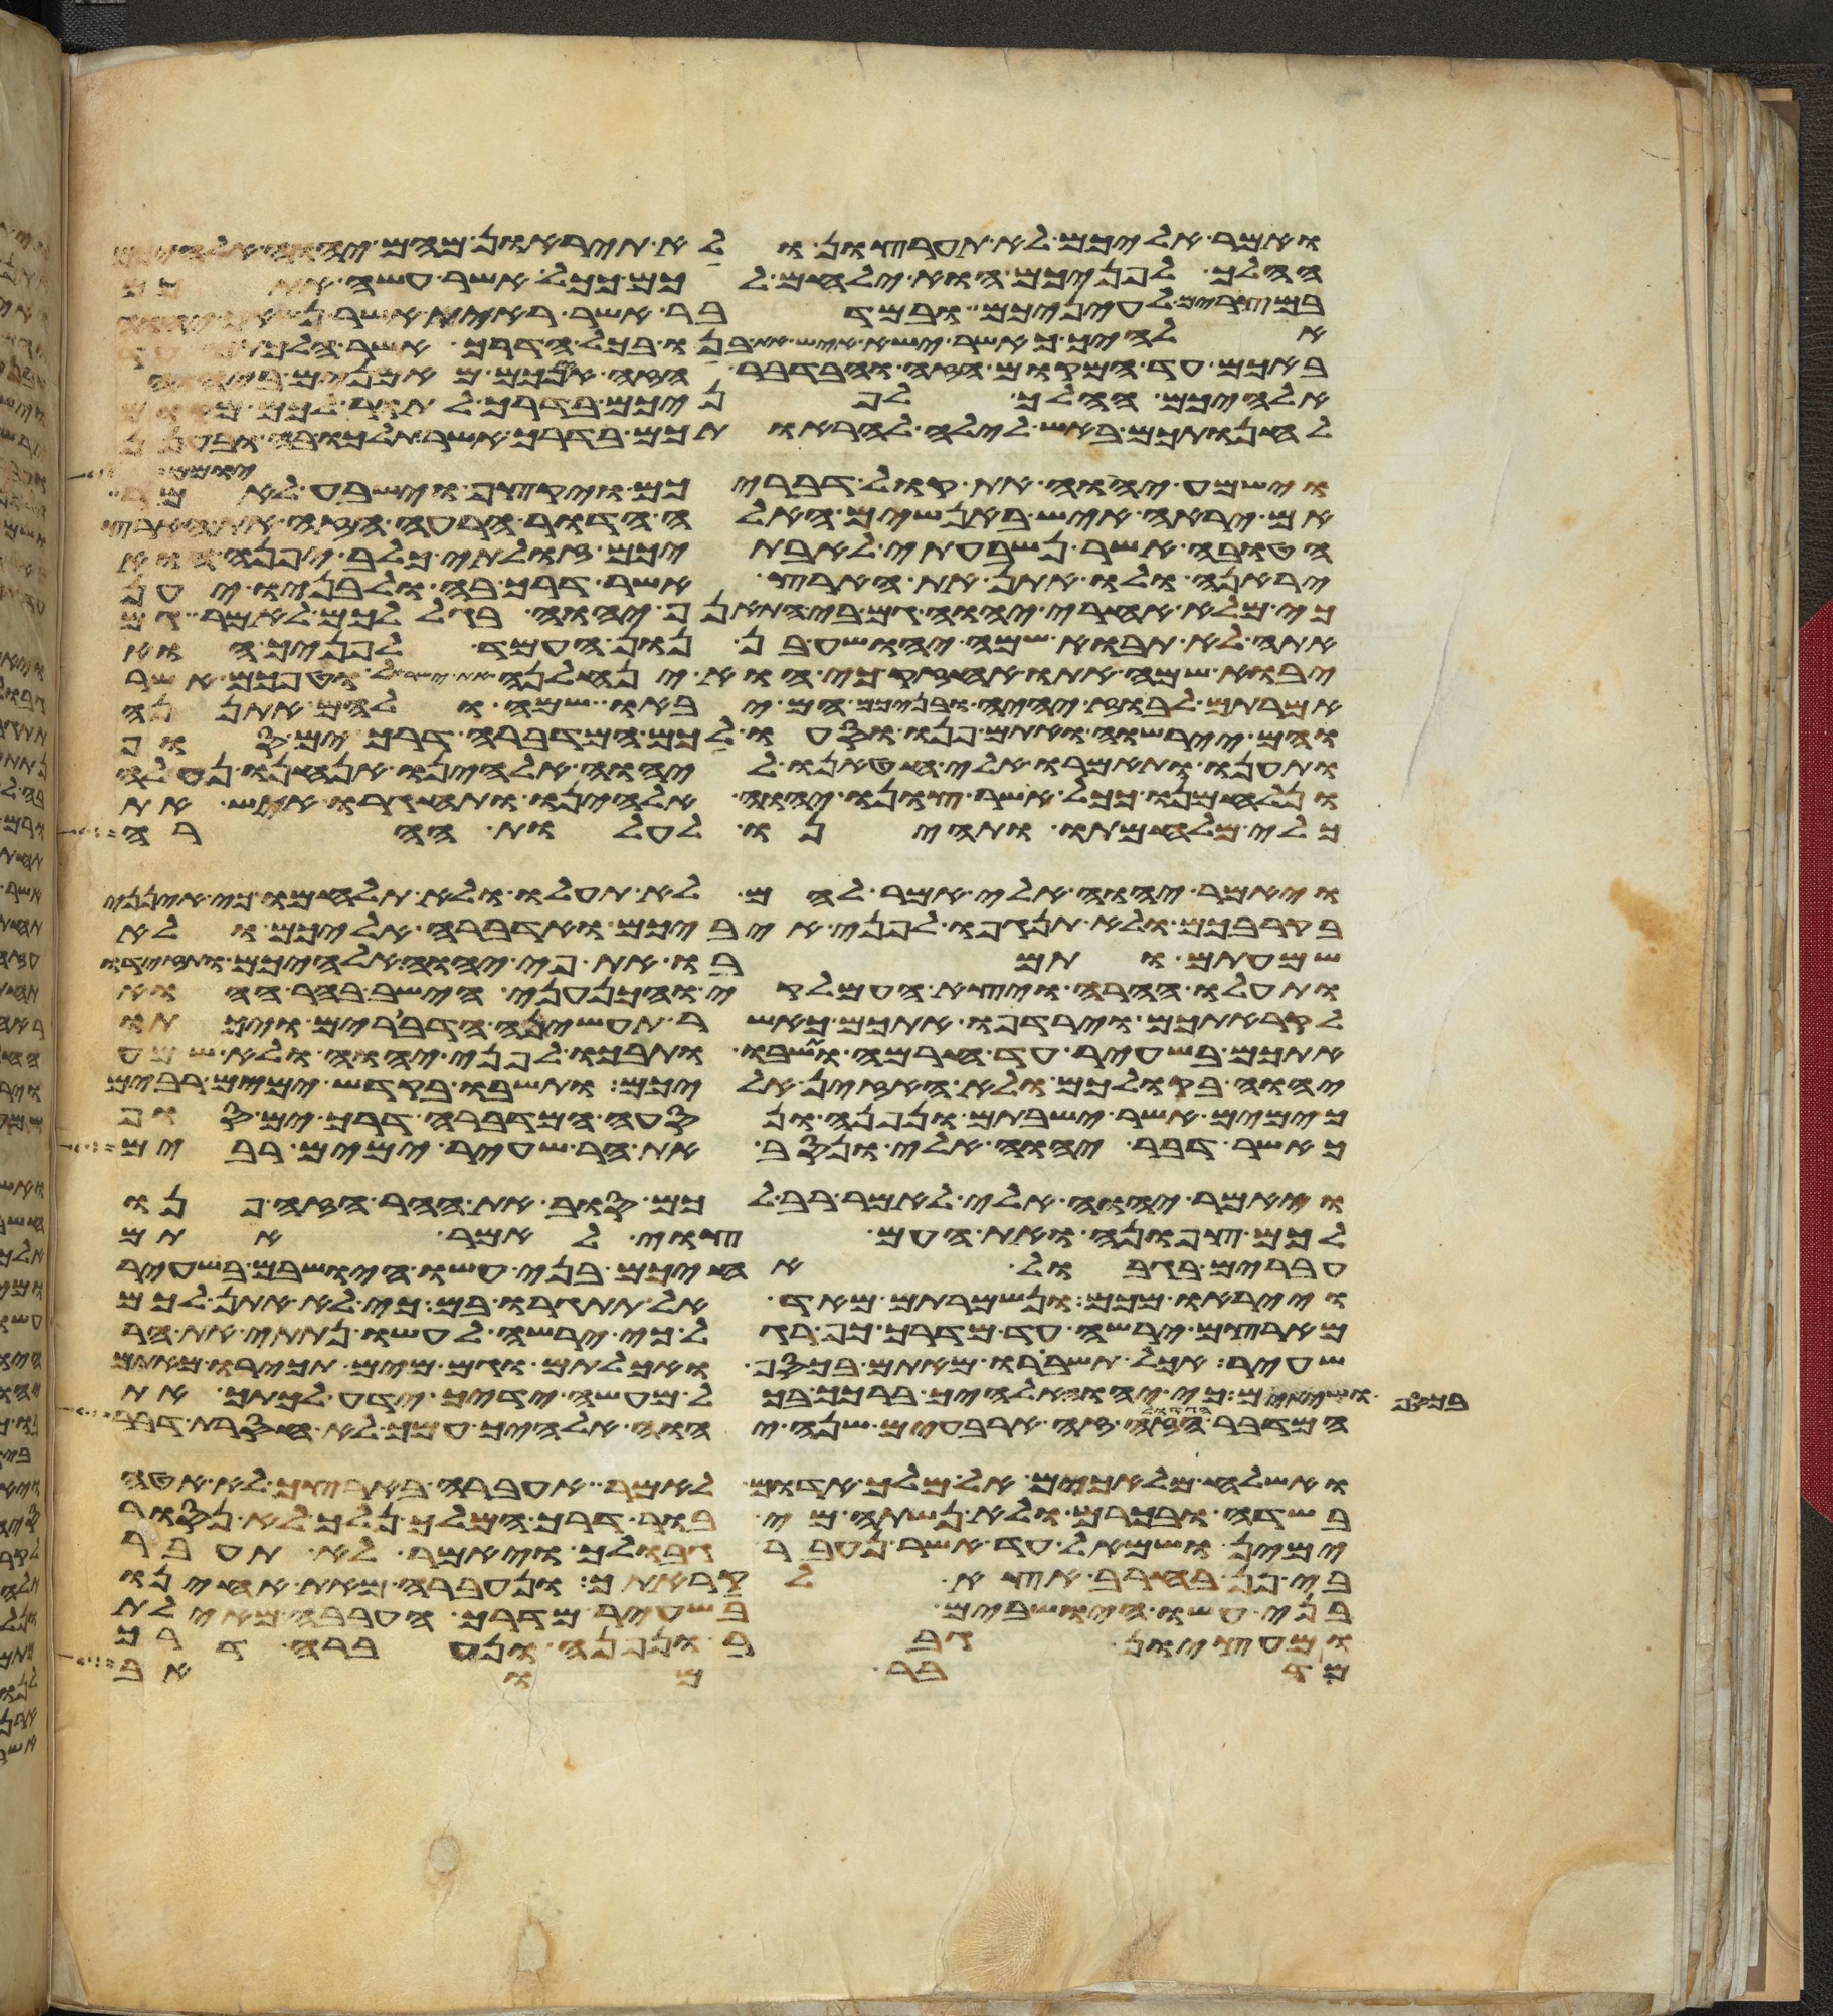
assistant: ואמר אליכם לא תערצון ולא תיראון מהם יהוה אלהיכם
ההלך לפניכם הוא ילחם לכם ככל אשר עשה אתכם
במצרים לעיניכם ובמדבר אשר ראית אשר נשאך יהוה
אלהיך כאשר ישא איש את בנו בכל הדרך אשר הלכתם
באכם עד המקום הזה ובדבר הזה אינכם מאמנים ביהוה
אלהיכם ההלך לפניכם בדרך לתור לכם מקום
להחנותכם באש לילה להראותכם בדרך אשר תלכו בה ובענן
יומם
וישמע יהוה את קול דבריכם ויקצף וישבע לאמר
אם יראה איש באנשים האלה הדור הרע הזה את הארץ
הטובה אשר נשבעתי לאבתיכם זולתי כלב בן יפנה הוא
יראנה ולו אתן את הארץ אשר דרך בה ולבניו יען
כי מלא אחרי יהוה גם בי התאנף יהוה בגללכם לאמר גם
אתה לא תבוא שמה יהושע בן נון העמד לפניך הוא
יבוא שמה אתו אחזיק כי הוא ינחלנה את ישראל וטפכם אשר
אמרתם לבוז יהיה ובניכם הם יבאו שם ולהם אתננה
והם יירשוה ואתם פנו וסעו לכם המדברה דרך ים סוף
ותענו ותאמרו אלי חטאנו ליהוה אלהינו אנחנו נעלה
ונלחמנו ככל אשר צונו יהוה אלהינו ותחגרו איש את
כלי מלחמתו ותהיינו לעלות ההרה
ויאמר יהוה אלי אמר להם לא תעלו ולא תלחמו כי אינני
בקרבכם ולא תנגפו לפני איביכם ואדברה אליכם ולא
שמעתם ותמרו את פי יהוה אלהיכם ותזידו
ותעלו ההרה ויצא העמלקי והכנעני הישב בהר ההוא
לקראתכם וירדפו אתכם כאשר תעשינה הדברים ויכתו
אתכם בשעיר עד חרמה ותשבו ותבכו לפני יהוה ולא שמע
יהוה בקולכם ולא האזין אליכם ותשבו בקדש ימים רבים
כימים אשר ישבתם ונפנה ונסעה המדברה דרך ים סוף
כאשר דבר יהוה אלי ונסב את הר שעיר ימים רבים
ויאמר יהוה אלי לאמר רב לכם סוב את ההר הזה פנו
לכם צפונה ואת העם צוי לאמר אתם
עברים בגבול אחיכם בני עשו הישבים בשעיר
וייראו מכם ונשמרתם מאד אל תתגרו בם כי לא אתן לכם
מארצם ירשה עד מדרך כף רגל כי ירשה לעשו נתתי את הר
שעיר אכל תשברו מאתם בכסף ואכלתם וגם מים תכירו מאתם
בכסף ושתיתם כי יהוה אלהיך ברכך בכל מעשה ידיך ידע לכתך את
המדבר הגדול הזה זה ארבעים שנה יהוה אלהיך עמך לא חסרת דבר
ואשלחה מלאכים אל מלך אדום לאמר אעברה בארצך לא אטה
בשדה ובכרם ולא נשתה מי בור דרך המלך נלך לא נסור
ימין ושמאל עד אשר נעבר גבולך ויאמר לא תעבר
בי פן בחרב אצא לקראתך ונעברה מאת אחינו
בני עשו הישבים בשעיר מדרך הערבה מאילת
ומעציון גבר ונפנה ונעברה דרך
מדבר מואב